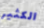
الكثير